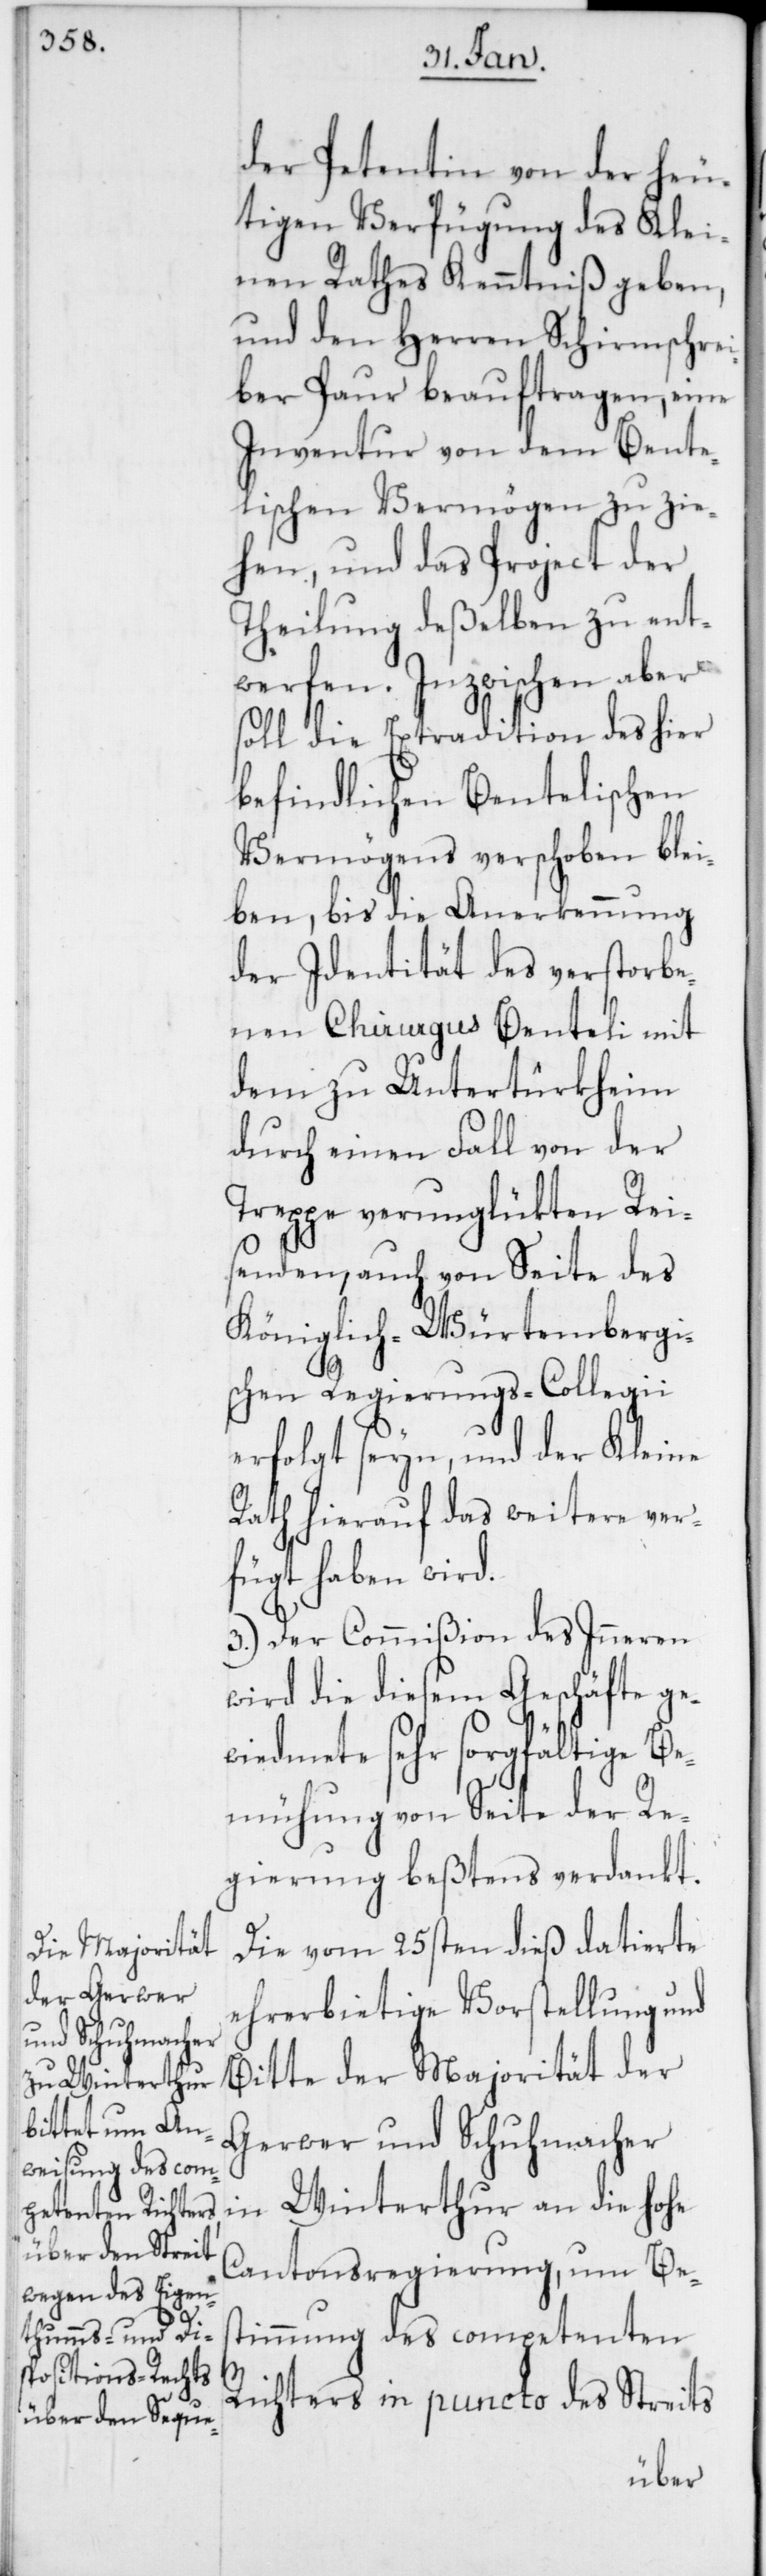
der Petentin von der heu¬
tigen Verfügung des Klei¬
nen Rathes Kenntniß geben,
und den Herren Schirmschrei¬
ber Paur beauftragen, eine
Inventur von dem Bente¬
lischen Vermögen zu zie¬
hen, und das Project der
Theilung deßelben zu ent¬
werfen. Inzwischen aber
soll die Extradition des hier
befindlichen Bentelischen
Vermögens verschoben blei¬
ben, bis die Anerkennung
der Identität des verstorbe¬
nen Chirurgus Benteli mit
dem zu Untertürkheim
durch einen Fall von der
Treppe verunglükten Rei¬
senden, auch von Seite des
Königlich-Würtembergi¬
schen Regierungs-Collegii
erfolgt seyn, und der Kleine
Rath hierauf das weitere ver¬
fügt haben wird.
3.) Der Commißion des Inneren
wird die diesem Geschäfte ge¬
wiedmete sehr sorgfältige Be¬
mühung von Seite der Re¬
gierung beßtens verdankt.
Die vom 25sten dieß datierte
ehrerbietige Vorstellung und
Bitte der Majorität der
Gerwer und Schuhmacher
in Winterthur an die Hohe
Cantonsregierung, um Be¬
stimmung des competenten
Richters in puncto des Streits